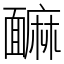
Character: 䩋